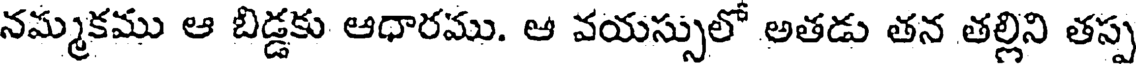
నమ్మకము ఆ బిడ్డకు ఆధారము. ఆ వయస్సులో అతడు తన తల్లిని తప్ప